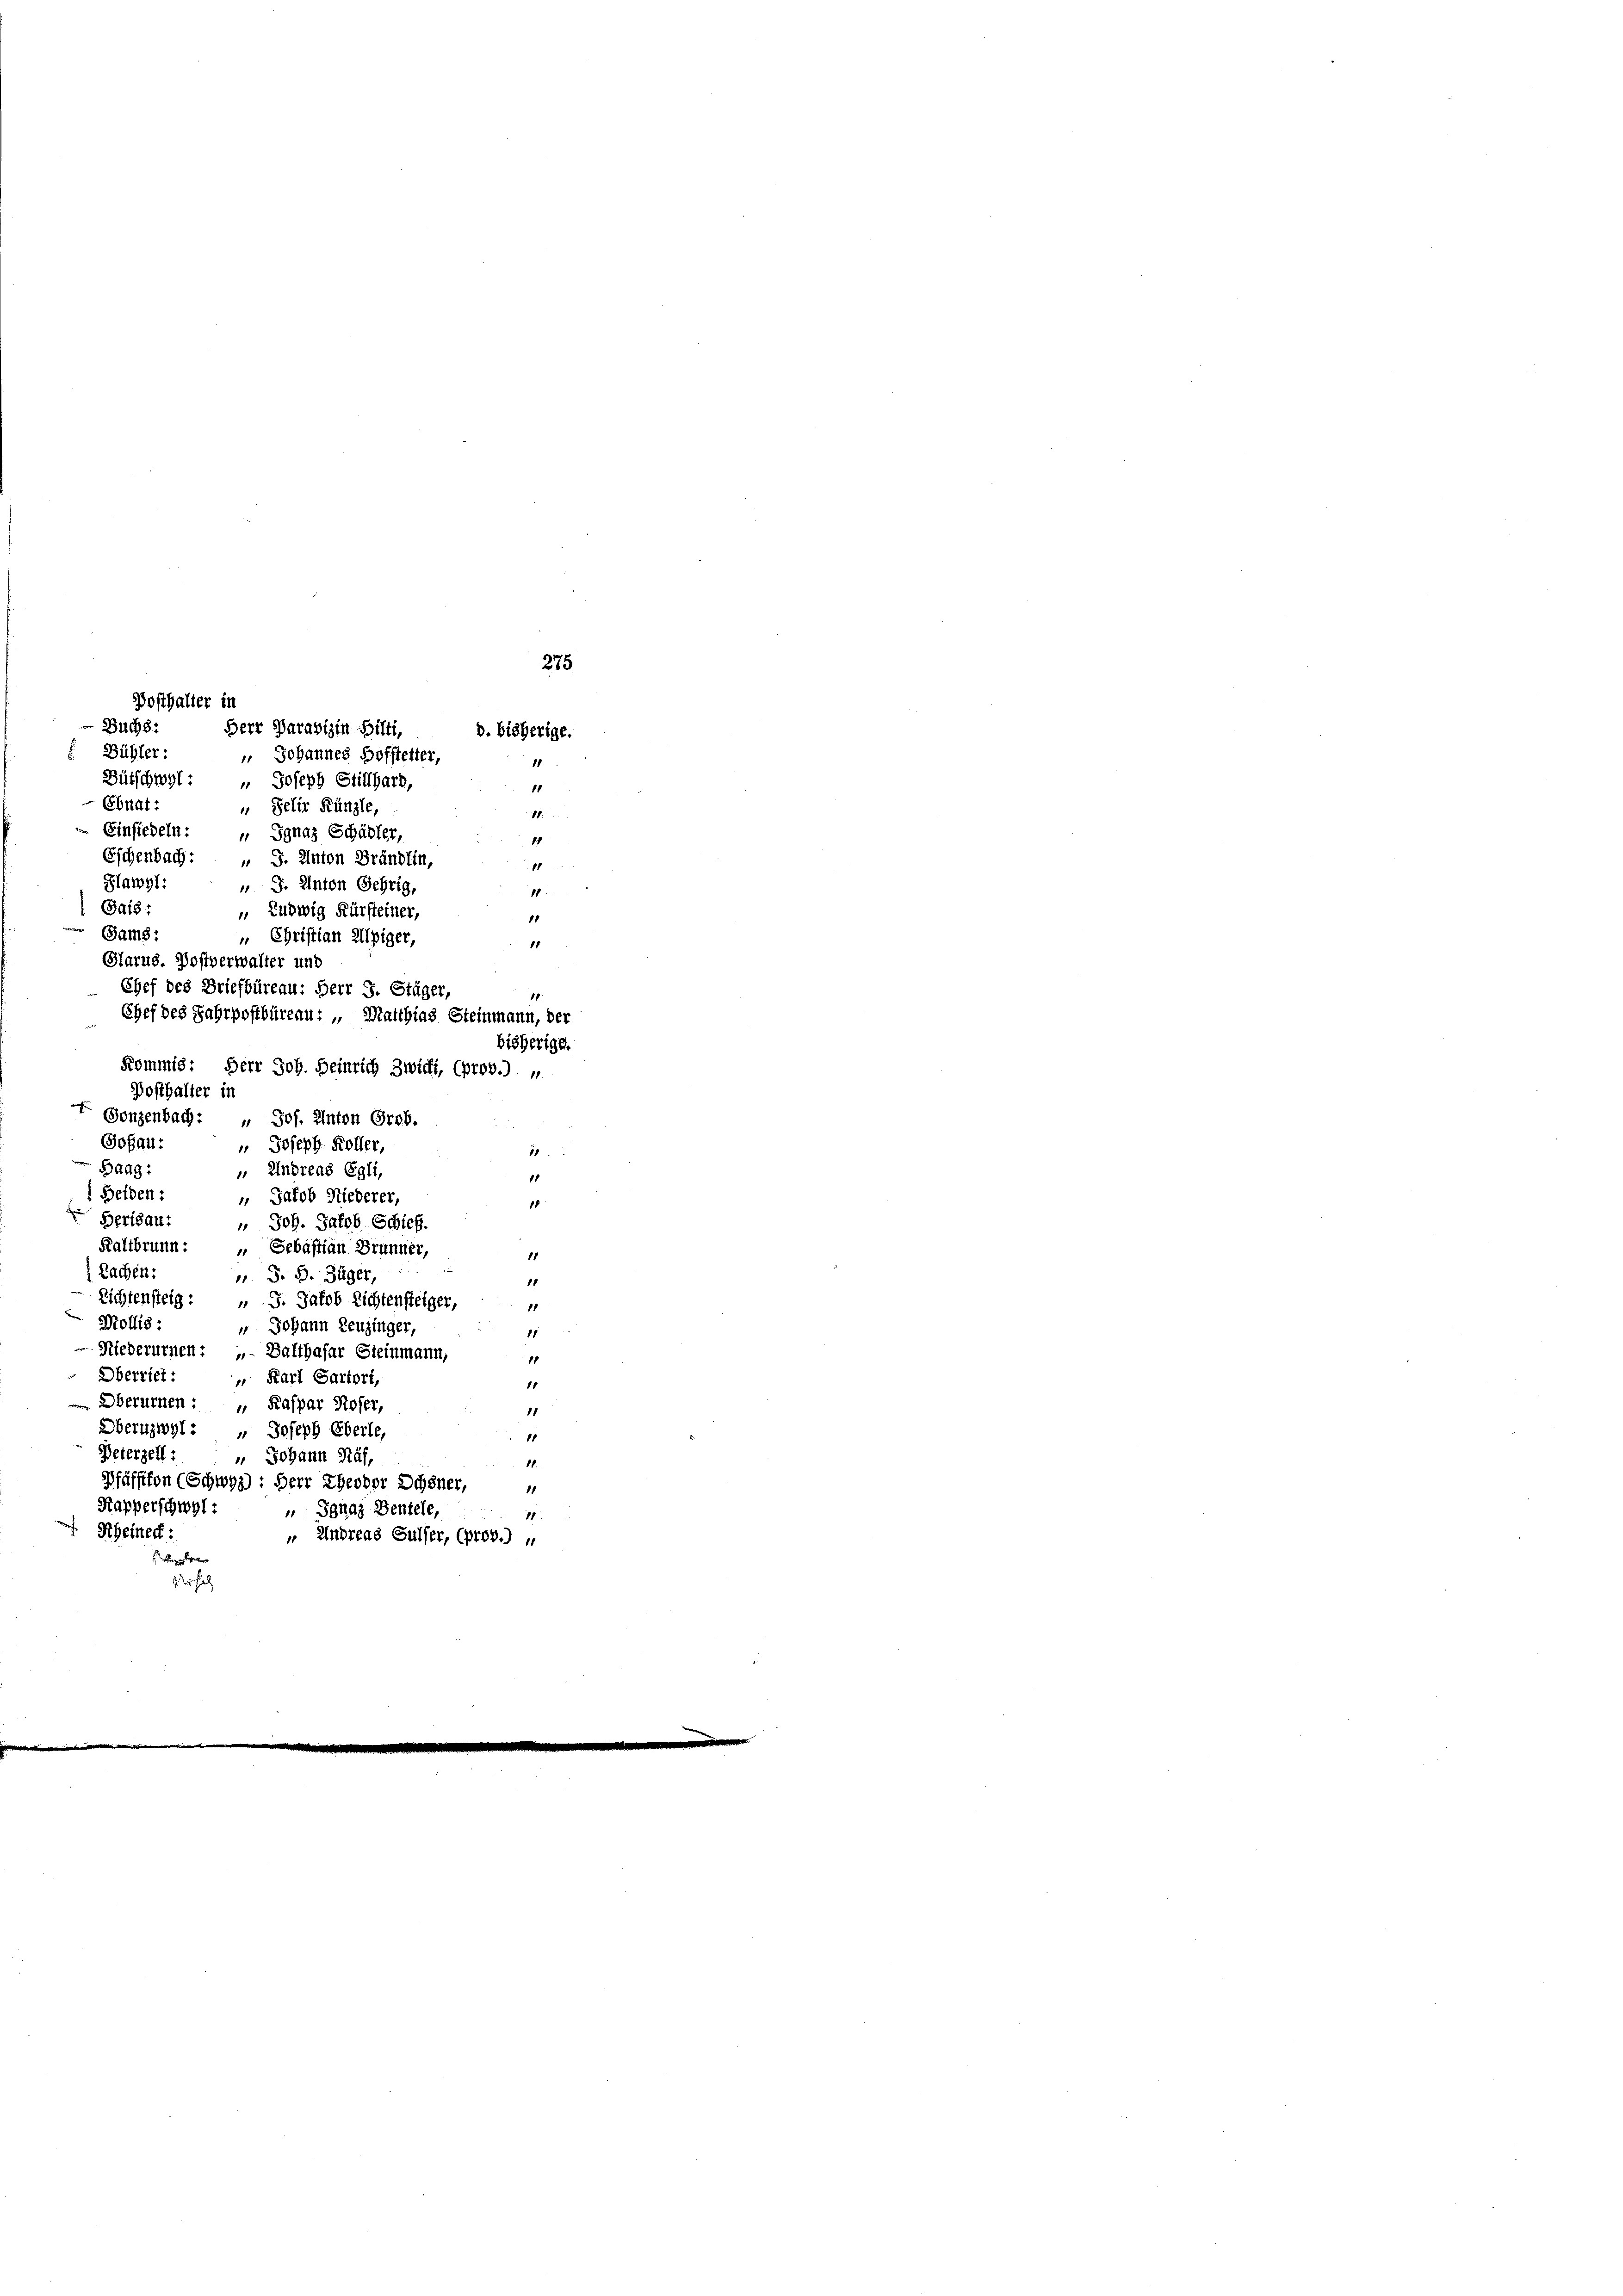
275
d. bisherige.
11

Posthalter in
Buchs:
Herr Parabizin Bilti,
Bühler:
 Johannes Hofftetter,
Bütschwyl: " Joseph Stifthard,
11
Ebnat:
 Felix Künzle,
18.
Einsiedeln: " Jgnaz Schädler,
11
Eschenbach: „ S. Anton Brändlin,
1
Flawyl:
" J. Anton Gehrig,
1
 Gais,
 Ludwig Kürsteiner,
1
Sam:
„ Christian Alpiger,
18
Glarus. Postverwalter und
Chef des Briefbüreau: Herr J. Stäger,
.
Chef des Jahrpostbüreau: „Matthias Steinmann, der
Kommis: Herr Joh. Heinrich Zwicki, (prov.) „
Posthalter in
E Gonzenbach: " Jos. Anton Grob.
Sofau:
 Joseph Koller,
11
Baag:
 Endreas Egli,
1
1 Seiden:
 Jakob Niederer,
1
Berisau.
" Joh. Jakob Schief.
Kaltbrunn:
„ Sebastian Brunner,
11
Rachen:
u. S. B. Züger,
11
Richtensteig: " J. Jakob Lichtensteiger,
11
 Mollis:
u Johann Leuzinger,
11
Niederurnen: „ Balthasar Steinmann,
1
Oberriet:
" Karl Sartori,
11
 Oberurnen : „ Kaspar Roser,
11
Oberuzwyl : „ Joseph Eberle,
1
Beterzell:
 Johann Näf,
1
Pfäffikon (Schwyz): Herr Theodor Schöner,
11
Kapperschwyl :
 Ignaz Bentele,
11.
Rheineck:
 Andreas Sulser, (prob.)

Fingen gelter
1 erhal

bisherige.